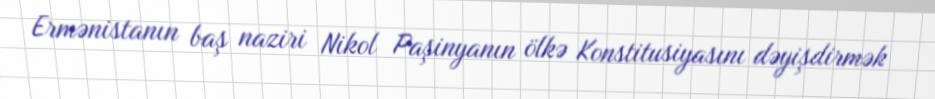
Ermənistanın baş naziri Nikol Paşinyanın ölkə Konstitusiyasını dəyişdirmək